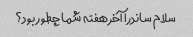
سلام ساندرا آخر هفته شما چطور بود؟